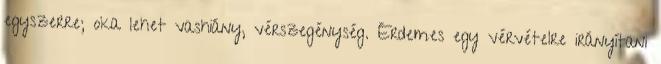
egyszerre; oka lehet vashiány, vérszegénység. Érdemes egy vérvételre irányítani